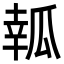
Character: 瓡